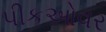
પીકઓવર